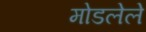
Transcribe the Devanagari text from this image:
मोडलेले